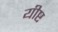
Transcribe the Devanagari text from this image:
यीष्ट